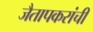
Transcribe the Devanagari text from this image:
जैतापकरांची